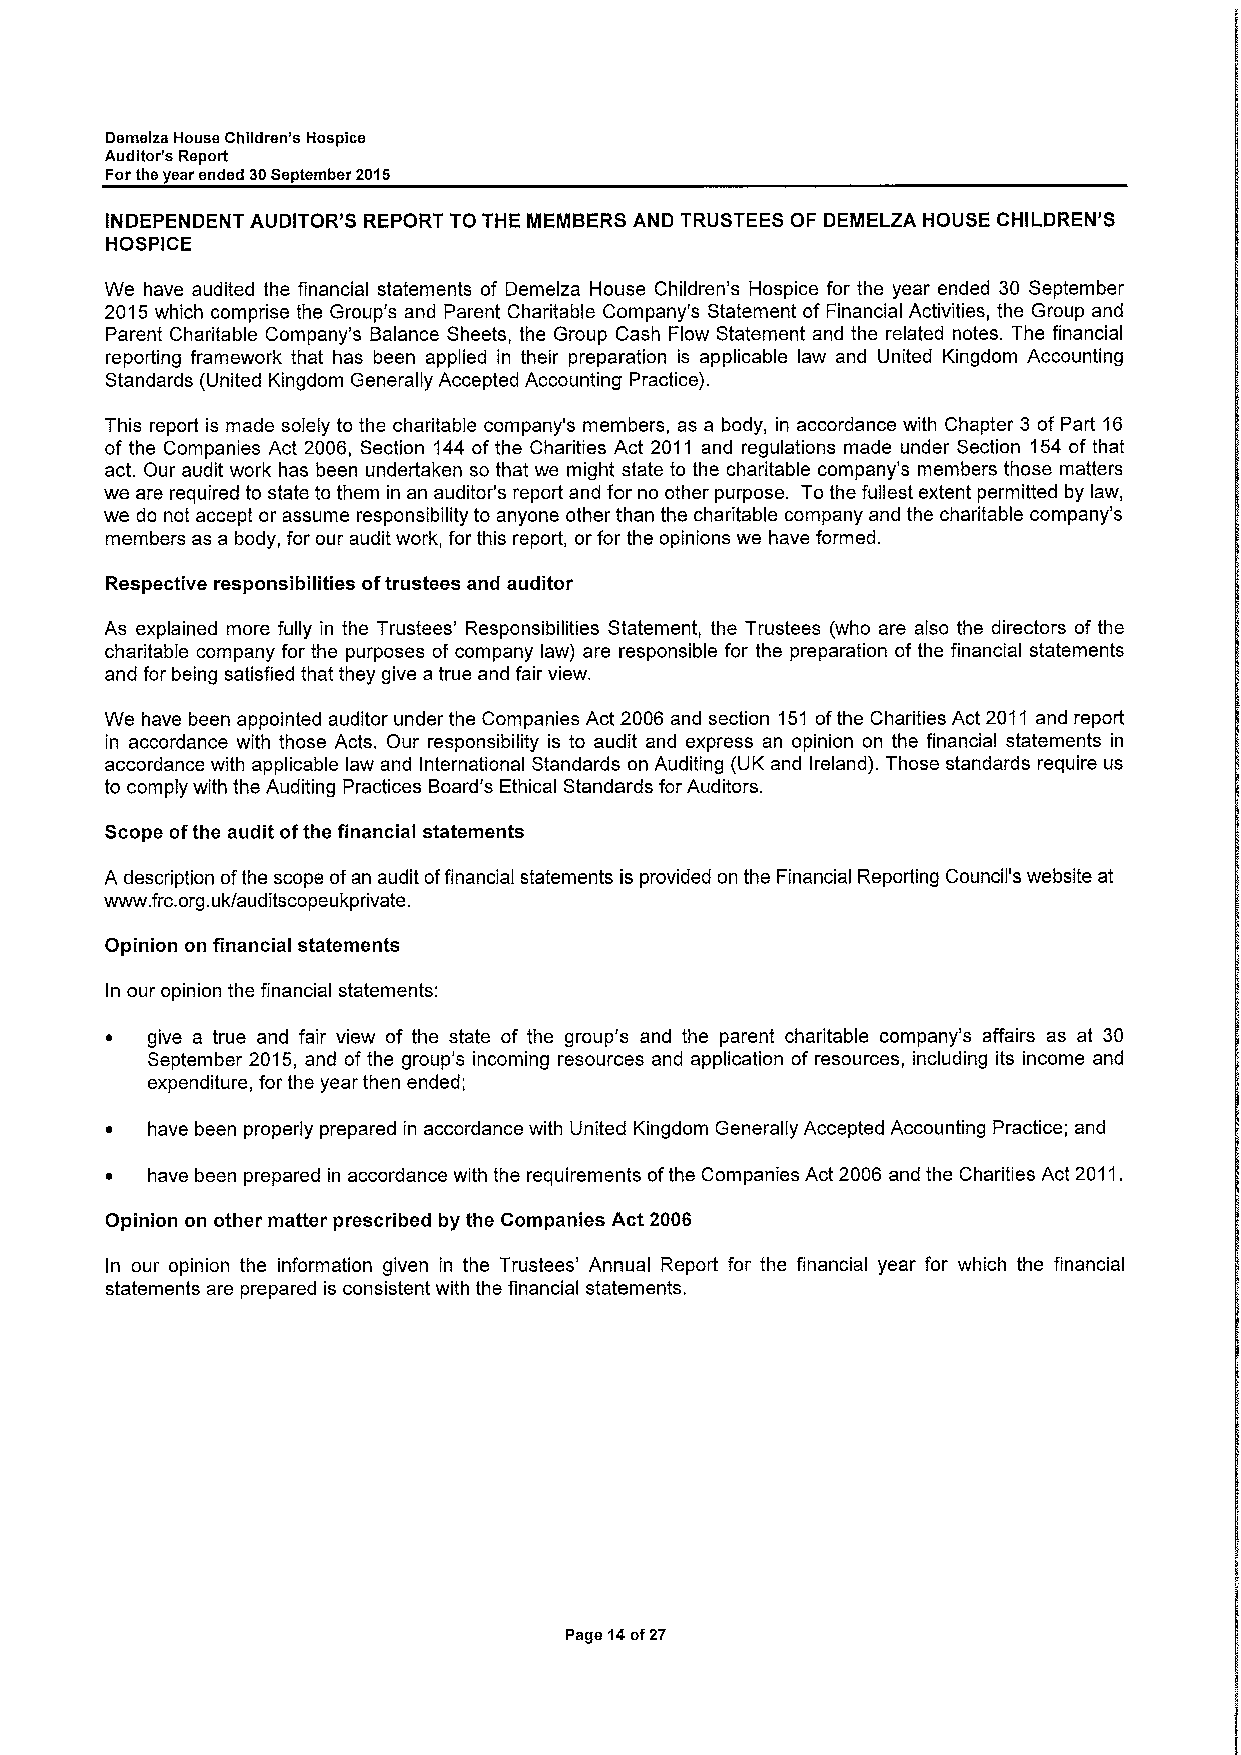
Demeiza House Children's Hospice
 Auditor's Report
 Forthe year ended 30September 2015
 INDEPENDENT AUDITOR'S REPORT TO THE MEMBERS AND TRUSTEES OF DEMELZA HOUSE CHILDREN' S
 HOSPICE
 We have audited the financial statements of Demelza House Children's Hospice for the year ended 30 September
 2015which comprise the Group's and Parent Charitable Company's Statement of Financial Activities, the Group and
 Parent Charitable Company's Balance Sheets, the Group Cash Flow Statement and the related notes. The financial
 reporting framework that has been applied in their preparation is applicable law and United Kingdom Accounting
 Standards (United Kingdom Generally Accepted Accounting Practice).
 This report is made solely to the charitable company's members, as a body, in accordance with Chapter 3 of Part 16
 of the Companies Act 2006, Section 144 of the Charities Act 2011 and regulations made under Section 154 of that
 act. Our audit work has been undertaken so that we might state to the charitable company's members those matters
 we are required to state to them in an auditor's report and for no other purpose. To the fullest extent permitted by law,
 we do not accept or assume responsibility to anyone other than the charitable company and the charitable company's
 members as a body, for our audit work, for this report, or for the opinions we have formed.
 Respective responsibilities oftrustees and auditor
 As explained more fully in the Trustees' Responsibilities Statement, the Trustees (who are also the directors of the
 charitable company for the purposes of company law) are responsible for the preparation of the financial statements
 and for being satisfied that they give atrue and fair view.
 We have been appointed auditor under the Companies Act 2006 and section 151 ofthe Charities Act 2011 and report
 in accordance with those Acts. Our responsibility is to audit and express an opinion on the financial statements in
 accordance with applicable law and International Standards on Auditing (UK and Ireland). Those standards require us
 to comply with the Auditing Practices Board's Ethical Standards for Auditors.
 Scope ofthe audit ofthe financial statements
 A description ofthe scope ofan audit offinancial statements is provided on the Financial Reporting Council's website at
 www. frc.org.uk/auditscopeukprivate.
 Opinion on financial statements
 In our opinion the financial statements:
 ~  give a true and fair view of the state of the group's and the parent charitable company's affairs as at 30
 September 2015, and of the group's incoming resources and application of resources, including its income and
 expenditure, for the year then ended;
 ~  have been properly prepared in accordance with United Kingdom Generally Accepted Accounting Practice; and
 ~  have been prepared in accordance with the requirements ofthe Companies Act 2006 and the Charities Act 2011.
 Opinion on other matter prescribed by the Companies Act 2006
 In our opinion the information given in the Trustees' Annual Report for the financial year for which the financial
 statements are prepared is consistent with the financial statements.
 Page 14of27